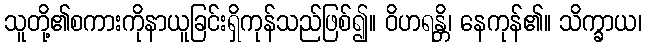
သူတို့၏စကားကိုနာယူခြင်းရှိကုန်သည်ဖြစ်၍။ ဝိဟရန္တိ၊ နေကုန်၏။ သိက္ခာယ၊